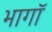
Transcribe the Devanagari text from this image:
भागॉ